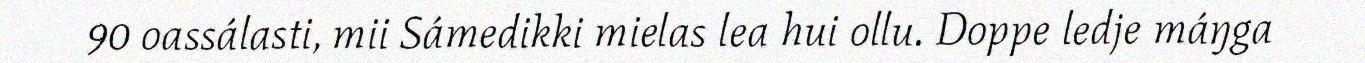
90 oassálasti, mii Sámedikki mielas lea hui ollu. Doppe ledje máŋga